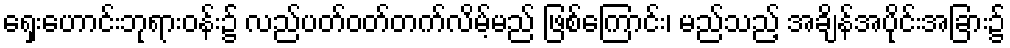
ရှေးဟောင်းဘုရားဝန်း၌ လည်ပတ်ဝတ်တက်လိမ့်မည် ဖြစ်ကြောင်း၊ မည်သည့် အချိန်အပိုင်းအခြား၌